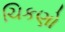
ચિકણો